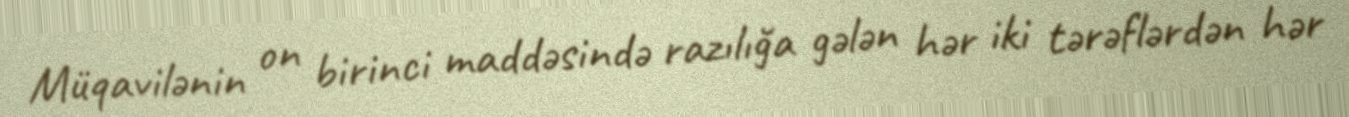
Müqavilənin on birinci maddəsində razılığa gələn hər iki tərəflərdən hər